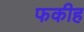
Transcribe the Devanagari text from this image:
फकीह